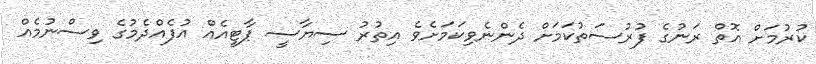
ކުރުމަށް އޮތް ރަނުގެ ފުރުސަތުކަމަށް ދެންނެވިކަމަށެވެ އިތުރު ސިޔާސީ ޕާޓީއެއް އުފެއްދެމުގެ ވިސްނުމެއް